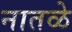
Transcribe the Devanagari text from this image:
नातळे